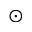
\odot